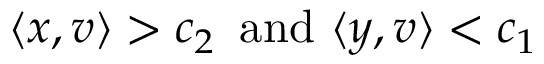
\langle x , v \rangle > c _ { 2 } \, { \mathrm { ~ a n d ~ } } \langle y , v \rangle < c _ { 1 }